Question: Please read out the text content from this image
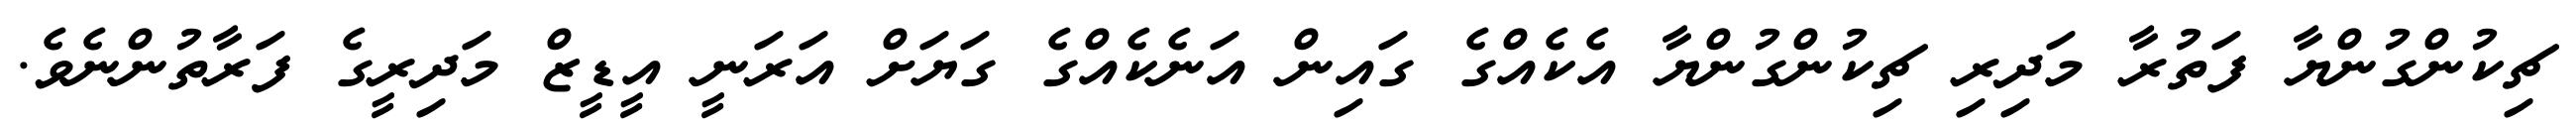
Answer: ޗިކުންގުންޔާ ފަތުރާ މަދިރި ޗިކުންގުންޔާ އެކެއްގެ ގައިން އަނެކެއްގެ ގަޔަށް އަރަނީ އީޑީޒް މަދިރީގެ ފަރާތުންނެވެ.